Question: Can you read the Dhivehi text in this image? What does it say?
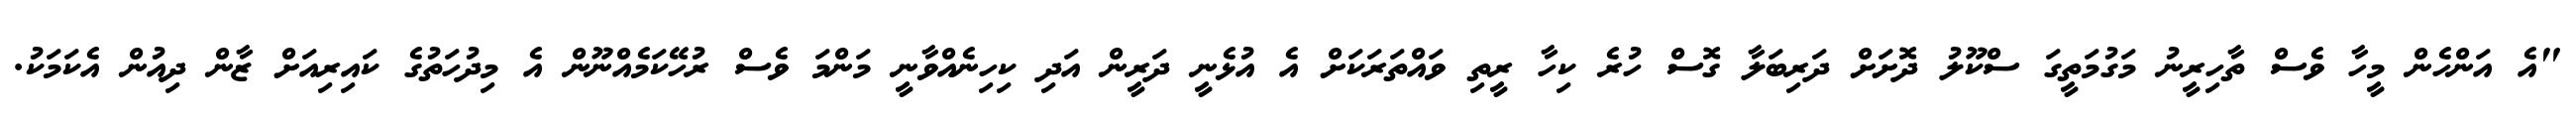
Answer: "އެ އަންހެން މީހާ ވެސް ތާހިރީނު މަގުމަތީގަ ސްކޫލު ދޮށަށް ދަރިބަލާ ގޮސް ހުރެ ކިހާ ރީތި ވައްތަރަކަށް އެ އުޅެނީ ދަރީން އަދި ކިހިނެއްވާނީ މަންމަ ވެސް ރުހޭކަމެއްނޫން އެ މިދުހަތުގެ ކައިރިއަށް ޒާން ދިއުން އެކަމަކު.